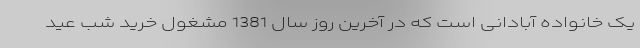
یک خانواده آبادانی است که در آخرین روز سال 1381 مشغول خرید شب عید